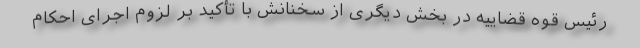
رئیس قوه قضاییه در بخش دیگری از سخنانش با تأکید بر لزوم اجرای احکام